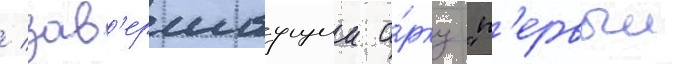
/ зав'ершаущии а́рку "п'ервыи